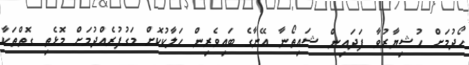
ހޯދުމަށް ހުޝިޔާރުވާ ފަދައިން ޝައިތޯނާ އޭނާގެ ބައިވެރިން ހަލާކުކޮށް މަގުފުރެއްދުމަށް މޮޅެތި ގޮތްތަކާ